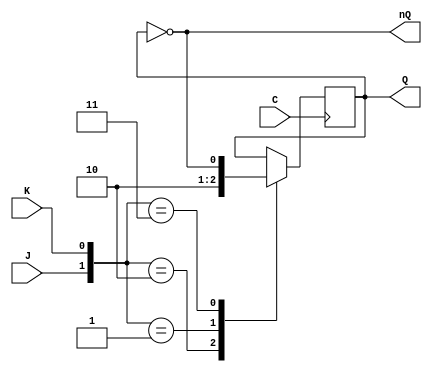
//CONTADOR DE CUENTA ARBITRARIA 10-4-12-9-2-1-3-6
//DESARROLLADO POR RBA y JCC

module JK(output reg Q,output wire nQ,input wire J,input wire K, input wire C);
    not (nQ,Q);

    initial
    begin
            Q=0; // Inicializa el biestable en 0
    end
    always @(negedge C)
        case({J,K})
            2'b10: Q=1; //J=1 K=0
            2'b01: Q=0; //J=0 K=1
            2'b11: Q=~Q; //J=1 K=1
        endcase
    endmodule


module contador(output wire[3:0]Q, input wire C);
    wire [3:0] nQ;  // Salida complementaria

    wire AQ1Q0, AQ3nQ0, AnQ2nQ0, AnQ3nQ2,AQ3nQ1; // Salidas intermedias AND
    wire OQ1Q0Q3nQ0,OQ1Q3,OnQ3nQ2Q3nQ1; // Salidas intermedias OR

    and A0 (AQ1Q0, Q[1], Q[0]); // AND Q1 y Q0
    and A1 (AQ3nQ0, Q[3], nQ[0]); // AND Q3 y nQ0
    and A2 (AnQ2nQ0, nQ[2], nQ[0]); // AND nQ2 y nQ0
    and A3 (AnQ3nQ2, nQ[3], nQ[2]); // AND nQ3 y nQ2
    and A4 (AQ3nQ1, Q[3], nQ[1]); // AND Q3 y nQ1

    or O0 (OQ1Q0Q3nQ0, AQ1Q0, AQ3nQ0); // OR Q1Q0 y Q3nQ0
    or O1 (OQ1Q3, Q[1], Q[3]); // OR Q1 y Q3
    or O2 (OnQ3nQ2Q3nQ1, AnQ3nQ2, AQ3nQ1); // OR nQ3nQ2 y Q3nQ1

    JK jk3 (Q[3], nQ[3],Q[2],nQ[2],C); 
    JK jk2 (Q[2], nQ[2],OQ1Q0Q3nQ0,OQ1Q3,C);
    JK jk1 (Q[1], nQ[1],nQ[2],AnQ2nQ0, C);
    JK jk0 (Q[0], nQ[0],OnQ3nQ2Q3nQ1,OQ1Q3,C);

endmodule

module test;
    reg C; // Entrada de reloj
    wire[3:0] Q; // Salida del contador
    contador Contador1(Q,C);

    always #2 C=~C; //Funcion reloj
    initial
    begin
        $dumpfile("test.dmp"); //Nombre del archivo de salida de cronograma
        $dumpvars; //Comando para que se muestren las variables en el cronograma

        C=0; // Inicializa el reloj en 0
        Contador1.jk3.Q='b1; // Inicializa el contador en 1
        Contador1.jk2.Q='b0; // Inicializa el contador en 0
        Contador1.jk1.Q='b1; // Inicializa el contador en 1         =10
        Contador1.jk0.Q='b0; // Inicializa el contador en 0

    $monitor($time,"Q=%b%b%b%b=%d",Q[3],Q[2],Q[1],Q[0],Q); //Muestra en pantalla el valor de los registros
    #100 $finish;
    end

endmodule